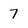
Character: 7